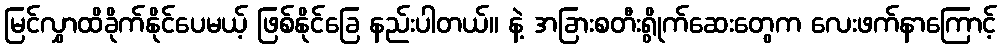
မြင်လွှာထိခိုက်နိုင်ပေမယ့် ဖြစ်နိုင်ခြေ နည်းပါတယ်။ နဲ့ အခြားစတီးရွိုက်ဆေးတွေက လေးဖက်နာကြောင့်